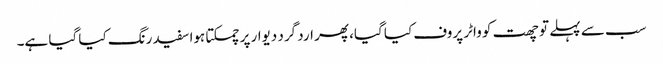
سب سے پہلے تو چھت کو واٹر پروف کیا گیا، پھر ارد گرد دیوار پر چمکتا ہوا سفید رنگ کیا گیا ہے۔